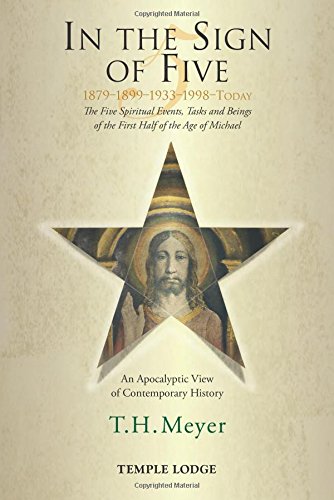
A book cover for In the Sign of Five: 1879-1899-1933-1998 -Today: The Five Spiritual Events, Tasks and Beings of the First Half of the Age of Michael, an Apocalyptic V; T. H. Meyer; Religion & Spirituality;